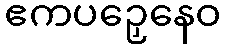
ဧကပဉှေနေဝ